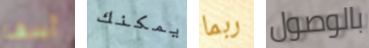
آسف يمكنك ربما بالوصول